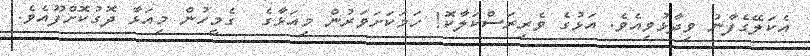
އެކަލޭގެފާނު ވިދާޅުވިއެވެ. އަޅުގެ ވެރިރަސްކަލާކޮ! ހަމަކަށަވަރުން މިއަޅާގެ  ގެމީހުން މިއަޅާ ދޮގުކޮށްފޫއެވެ.